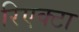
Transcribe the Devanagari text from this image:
रिएक्टा